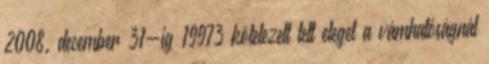
2008. december 31-ig 19973 kötelezett tett eleget a vámhatóságnál